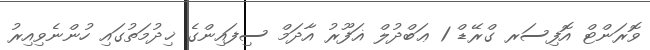
ވޮރަންޓް އޮފިސަރ ގްރޭޑް 1 ޢަބްދުލް ޣަފޫރު އާދަމް ސިފައިންގެ ޚިދުމަތުގައި ހުންނެވިއިރު